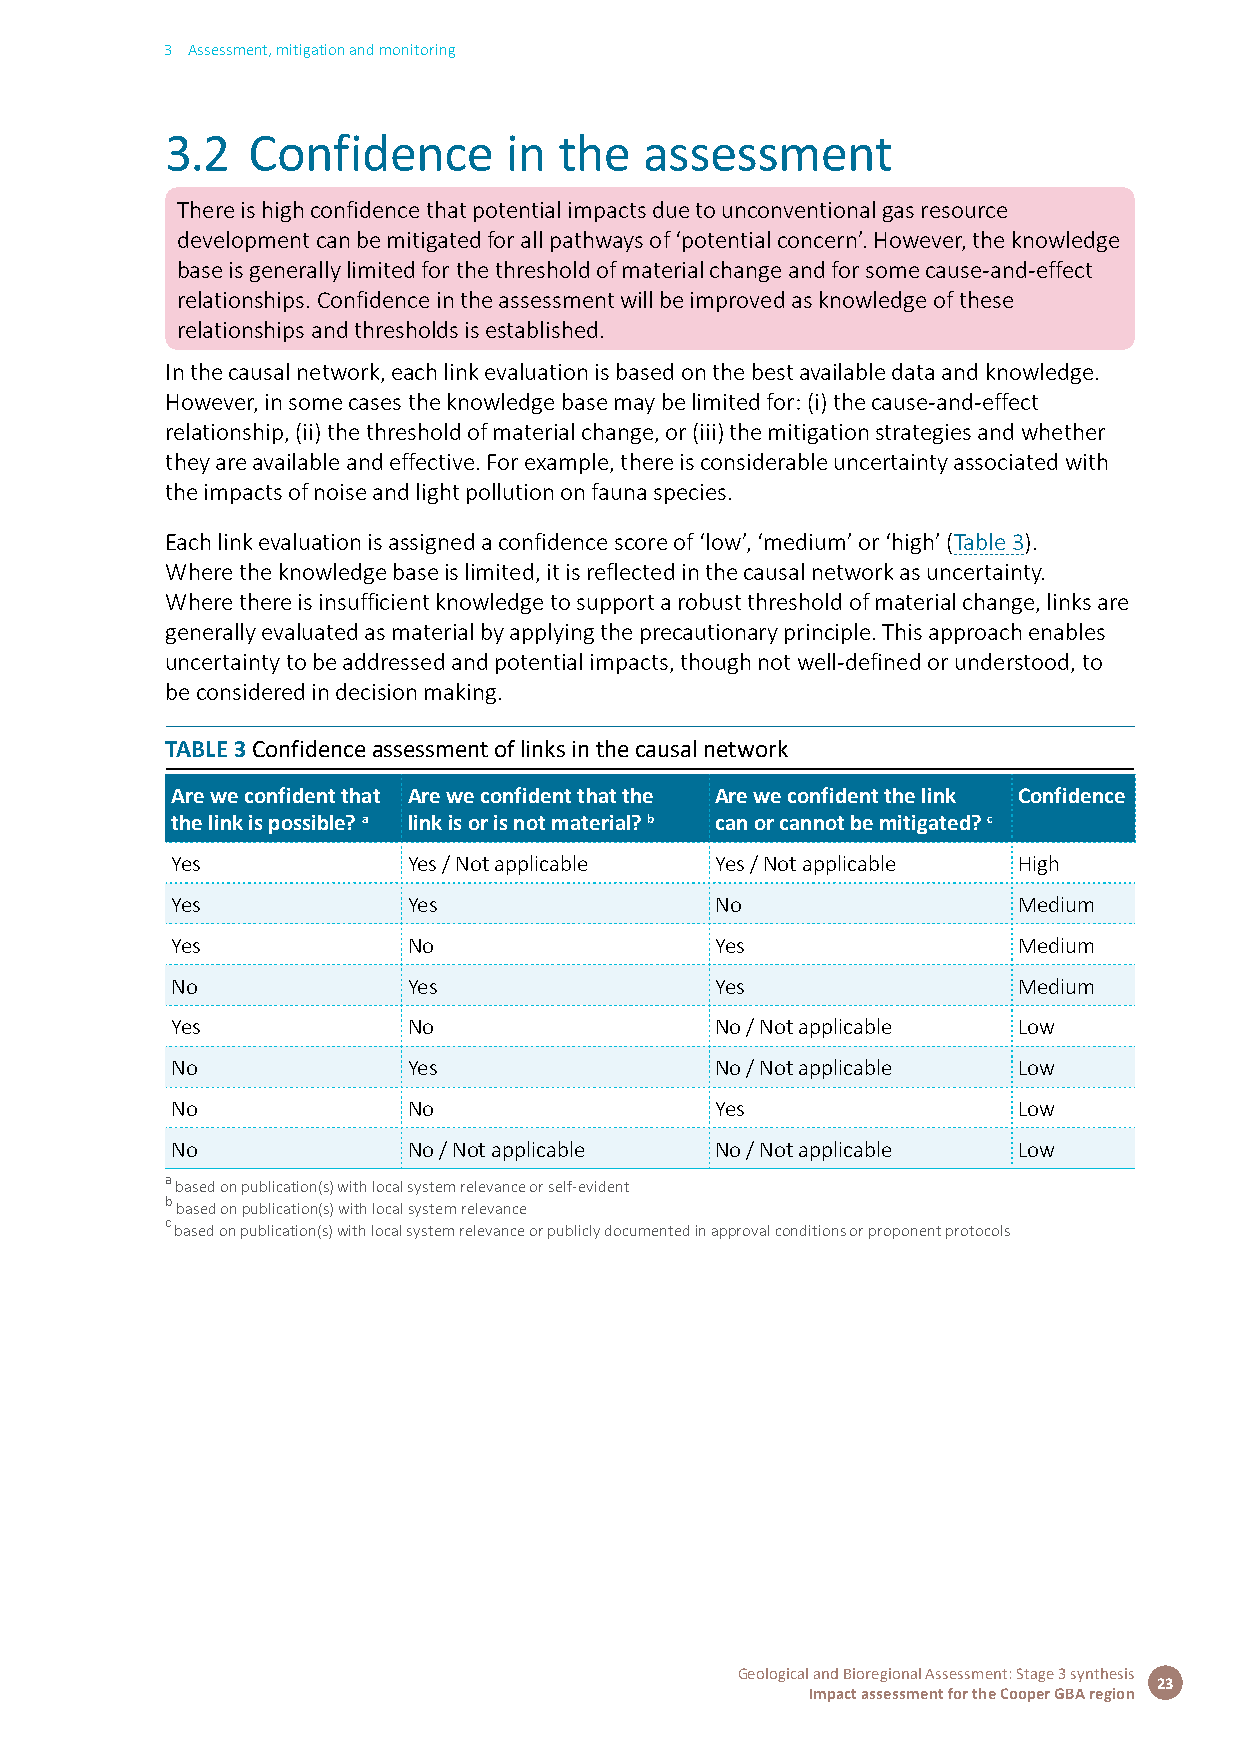
3 Assessment, mitigation and monitoring
 3.2  Confidence       in  the   assessment
 There is high confidence that potential impacts due to unconventional gas resource
 development can be mitigated for all pathways of ‘potential concern’. However, the knowledge
 base is generally limited for the threshold of material change and for some cause-and-effect
 relationships. Confidence in the assessment will be improved as knowledge of these
 relationships and thresholds is established.
 In the causal network, each link evaluation is based on the best available data and knowledge.
 However, in some cases the knowledge base may be limited for: (i) the cause-and-effect
 relationship, (ii) the threshold of material change, or (iii) the mitigation strategies and whether
 they are available and effective. For example, there is considerable uncertainty associated with
 the impacts of noise and light pollution on fauna species.
 Each link evaluation is assigned a confidence score of ‘low’, ‘medium’ or ‘high’ (Table 3).
 Where the knowledge base is limited, it is reflected in the causal network as uncertainty.
 Where there is insufficient knowledge to support a robust threshold of material change, links are
 generally evaluated as material by applying the precautionary principle. This approach enables
 uncertainty to be addressed and potential impacts, though not well-defined or understood, to
 be considered in decision making.
 TABLE 3 Confidence assessment of links in the causal network
 Are we confident that Are we confident that the Are we confident the link Confidence
 the link is possible? a link is or is not material? b can or cannot be mitigated? c
 Yes             Yes / Not applicable Yes / Not applicable High
 Yes             Yes                 No                  Medium
 Yes             No                  Yes                 Medium
 No              Yes                 Yes                 Medium
 Yes             No                  No / Not applicable Low
 No              Yes                 No / Not applicable Low
 No              No                  Yes                 Low
 No              No / Not applicable No / Not applicable Low
 a based on publication(s) with local system relevance or self-evident
 b
 based on publication(s) with local system relevance
 c
 based on publication(s) with local system relevance or publicly documented in approval conditions or proponent protocols
 Geological and Bioregional Assessment: Stage 3 synthesis
 23
 Impact assessment for the Cooper GBA region